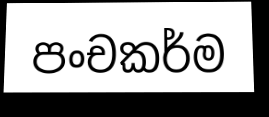
පංචකර්ම